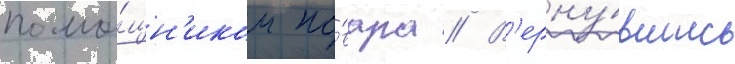
помо́щн'иком по́вара // В'ерну́вшись